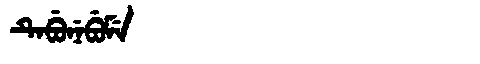
Manchu: ᡨᡝᠪᡠᠨᡝᠪᡠᠮᡝ
Romanization: TEBUNEBUME